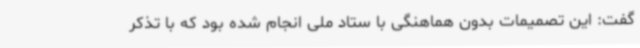
گفت: این تصمیمات بدون هماهنگی با ستاد ملی انجام شده بود که با تذکر